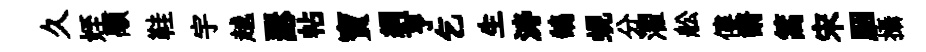
久姪顒鞋宇越瑟帖寶綱亨乞生涛鵠蜆分濯舩僂諝篙宋胭攝